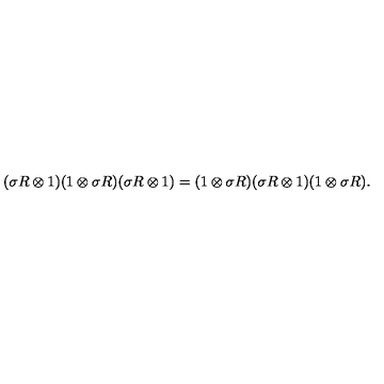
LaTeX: ( \sigma R \otimes 1 ) ( 1 \otimes \sigma R ) ( \sigma R \otimes 1 ) = ( 1 \otimes \sigma R ) ( \sigma R \otimes 1 ) ( 1 \otimes \sigma R ) .